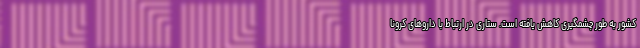
کشور به طور چشمگیری کاهش یافته است. ستاری در ارتباط با داروهای کرونا